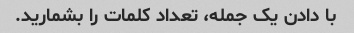
با دادن یک جمله، تعداد کلمات را بشمارید.